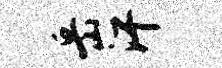
岳汗